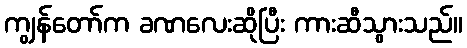
ကျွန်တော်က ခဏလေးဆိုပြီး ကားဆီသွားသည်။